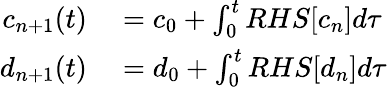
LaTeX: \begin{array}{r}{\begin{array}{rl}{c_{n+1}(t)}&{{}=c_{0}+\int_{0}^{t}RHS[c_{n}]d\tau}\\ {d_{n+1}(t)}&{{}=d_{0}+\int_{0}^{t}RHS[d_{n}]d\tau}\end{array}}\end{array}